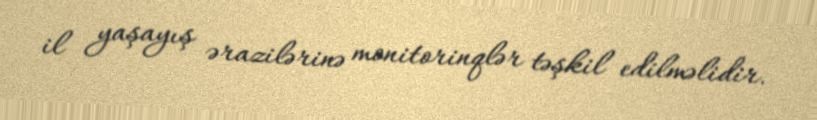
il yaşayış ərazilərinə monitorinqlər təşkil edilməlidir.